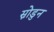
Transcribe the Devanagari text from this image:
स्नोडुन